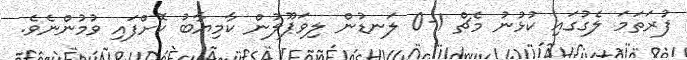
ފުރަތަމަ ލެގުގައި ކުޅުނު މެޗް 1-0 ލަނޑުން ލިވަޕޫލުން ކާމިޔާބު ކޮށްފައި ވުމުންނެވެ.